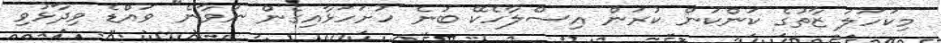
މިކަހަލަ ޒާތުގެ ކަންކަން ކުރަން އިސްލާހެކޭ ބުނެ ހުށަހަޅާއިގެން ނުވާނެ" ވައްޑެ ވިދާޅުވި